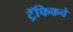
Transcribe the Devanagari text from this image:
ट्रॅफिकचे